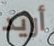
أريد